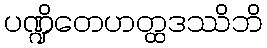
ပဏ္ဍိတေဟတ္ထဒဿိဘိ